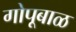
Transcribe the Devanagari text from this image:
गोपूबाळ